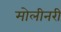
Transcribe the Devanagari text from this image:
मोलीनरी